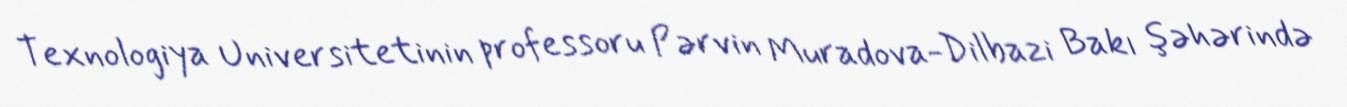
Texnologiya Universitetinin professoru Pərvin Muradova-Dilbazi Bakı şəhərində